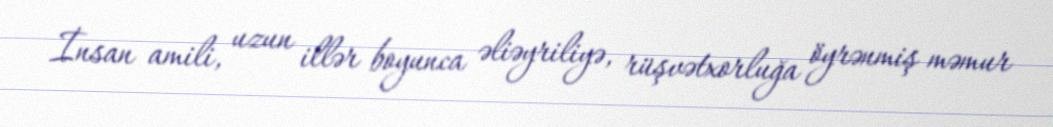
İnsan amili, uzun illər boyunca əliəyriliyə, rüşvətxorluğa öyrənmiş məmur